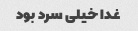
غدا خیلی سرد بود